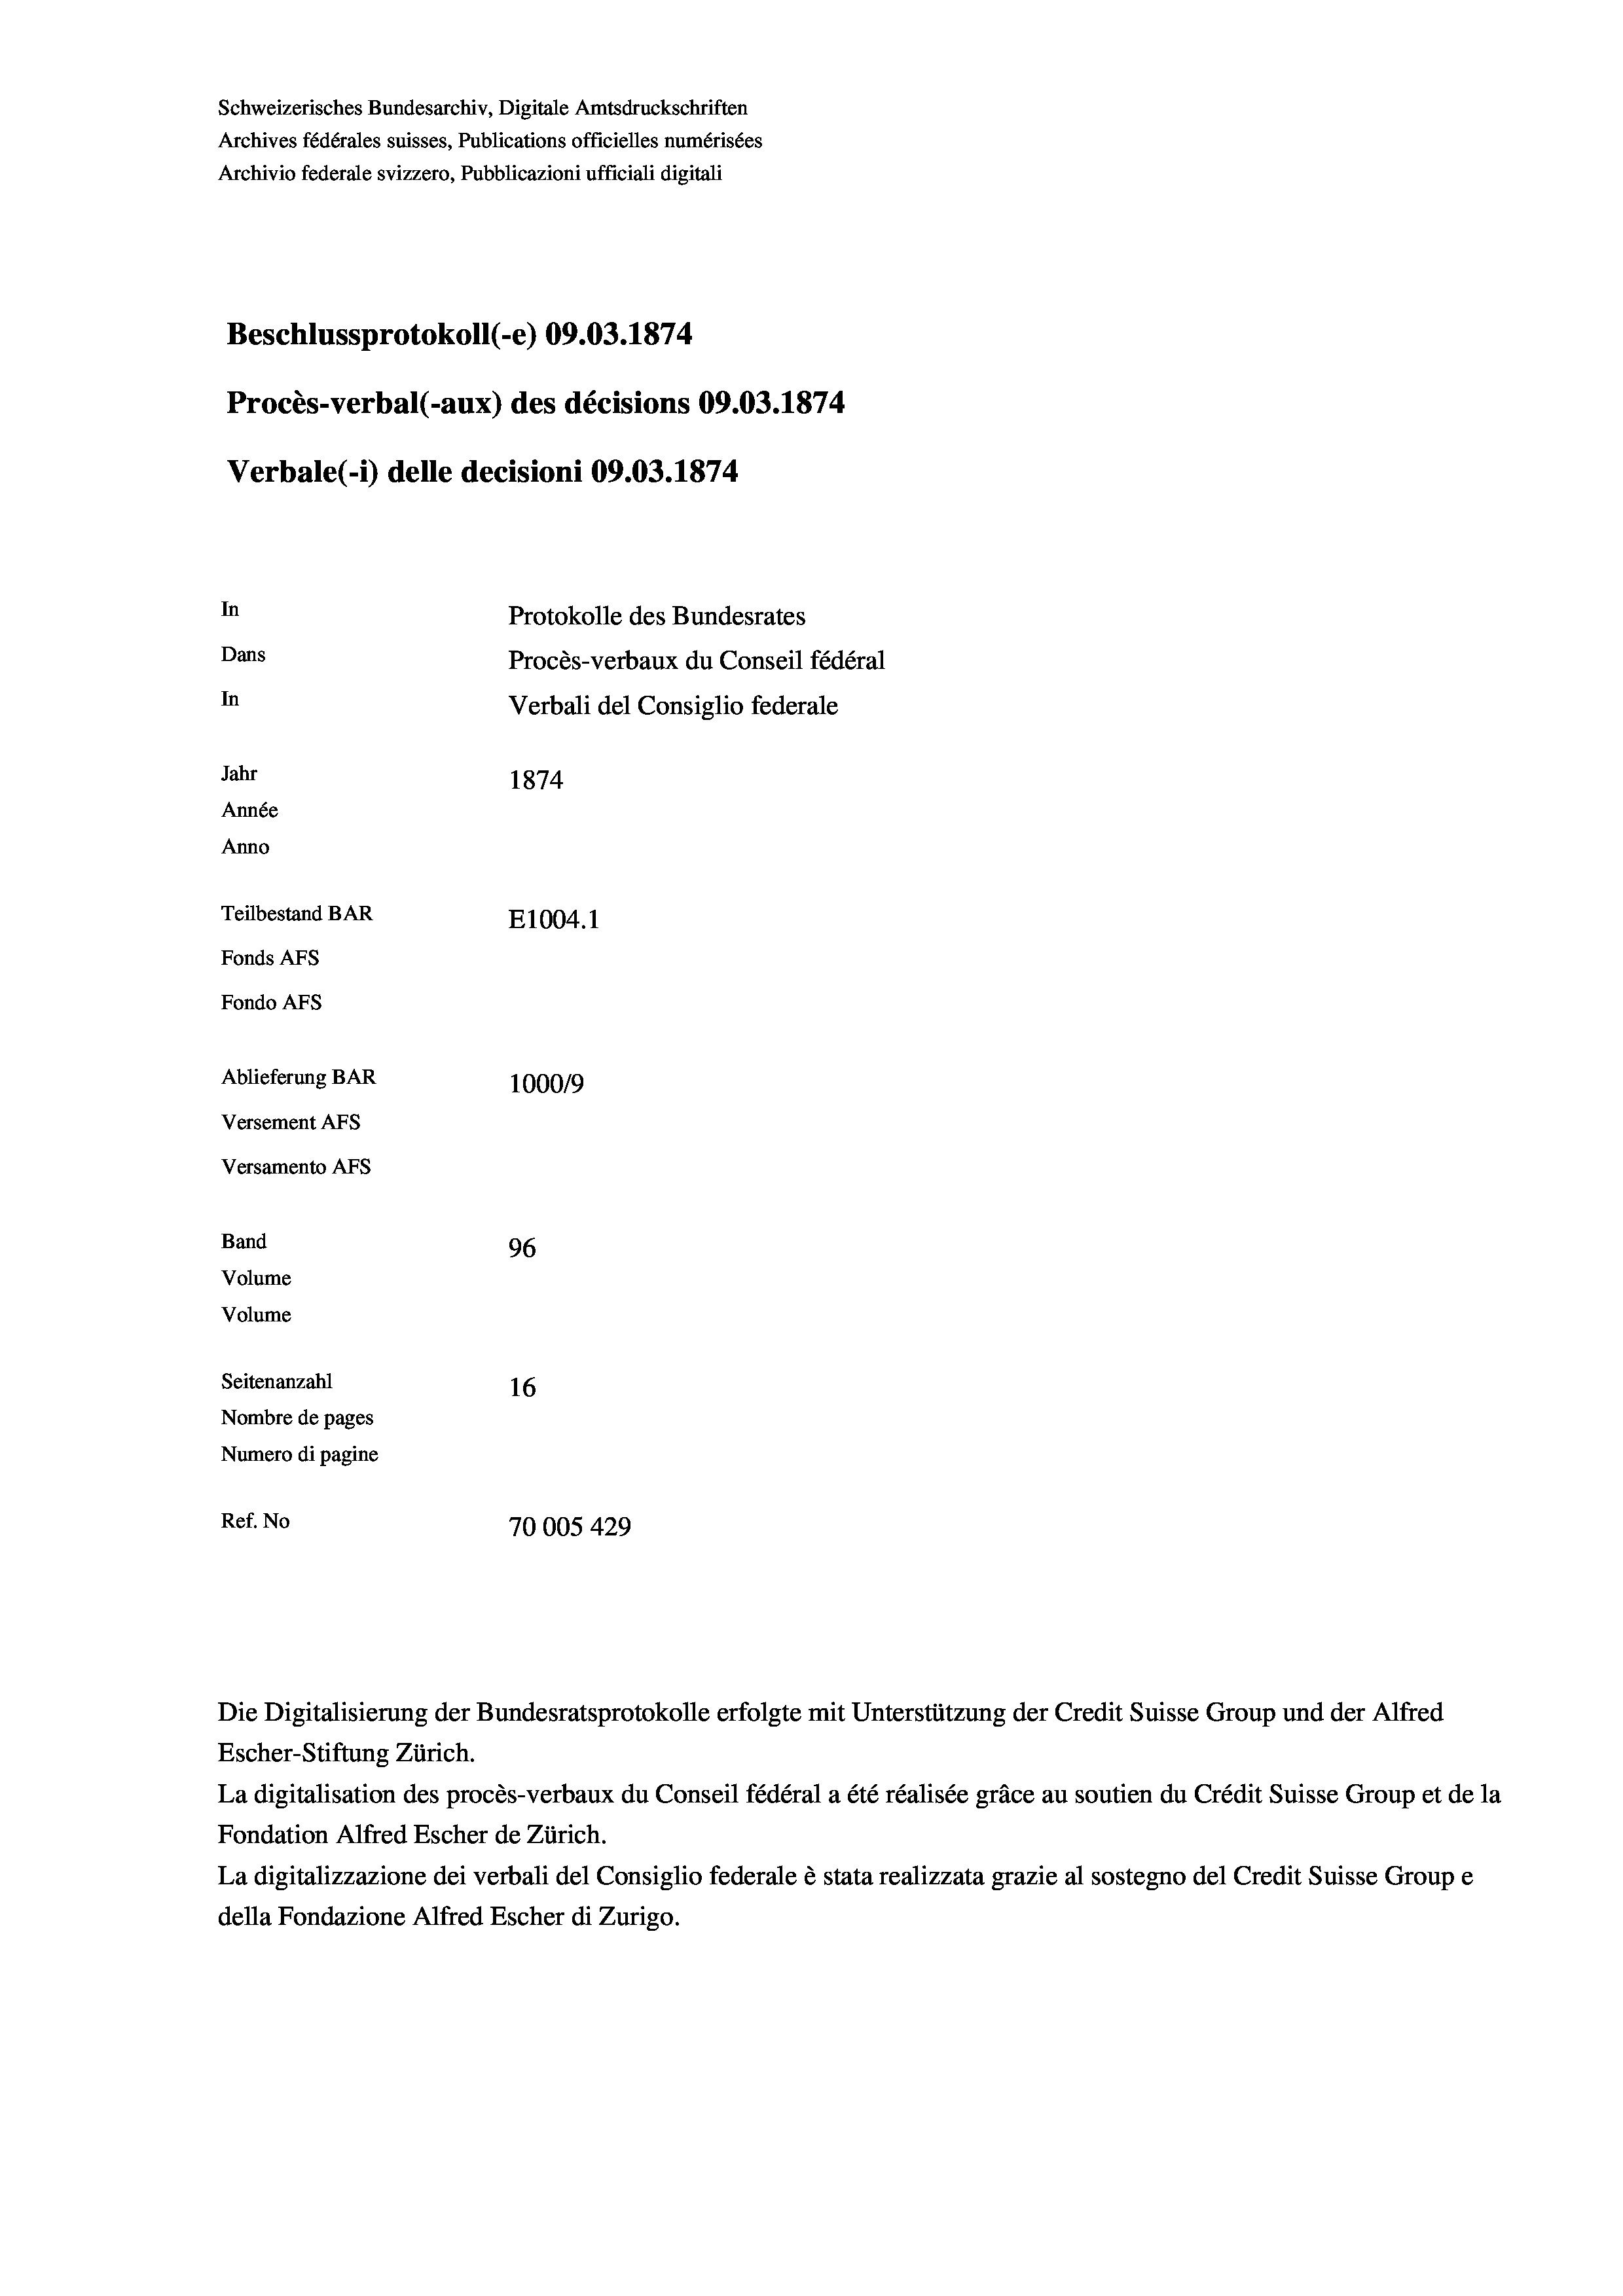
Schweizerisches Bundesarchiv, Digitale Amtsdruckschriften
Archives fédérales suisses, Publications officielles numérisées
Archivio federale svizzero, Pubblicazioni ufficiali digitali
Beschlussprotokoll (-e) 09.03. 1874
Procès-verbal (-aux) des décisions 09.03. 1874
Verbale(-*) delle decisioni 09.03. 1874
In
Protokolle des Bundesrates
Dans
Procès-verbaux du Conseil fédéral
In
Verbali del Consiglio federale
Jahr
1874
Année
Anno
Teilbestand BAR
E1004. 1
Fonds Afs
Fondo AFs
Ablieferung BAR
1000/9
Versement Abs
Versamento Afs
Band
96
Volume
Volume

Seitenanzahl
16
Nombre de pages
Numero di pagine
Ref. No
70005 429

Escher-Stiftung Zürich.
La digitalisation des procès-verbaux du Conseil fédéral a été réalisée gräce au soutien du Crédit Suisse Group et de la
Fondation Alfred Escher de Zürich.
La digitalizzazione dei verbali del Consiglio federale è stata realizzata grazie al sostegno del Credit Suisse Groupe
della Fondazione Alfred Escher di Zurigo.

Die Digitalisierung der Bundesratsprotokolle erfolgte mit Unterstützung der Credit Suisse Group und der Alfred